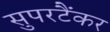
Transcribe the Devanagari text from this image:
सुपरटैंकर